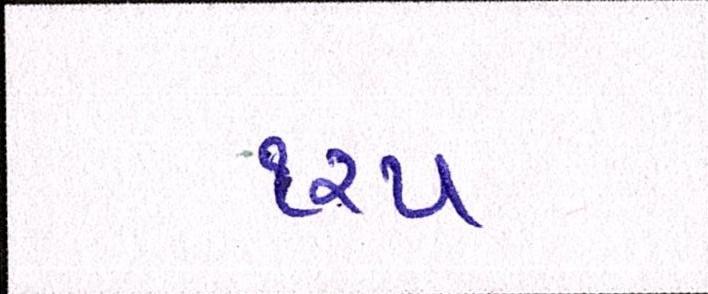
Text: ૧૨૫